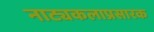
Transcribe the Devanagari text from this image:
नाट्यकलाप्रसारक